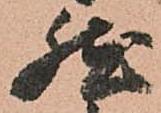
然